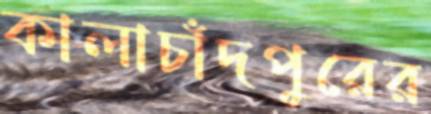
কালাচাঁদপুরের